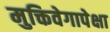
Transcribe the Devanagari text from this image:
मुक्तिवेगापेक्षा